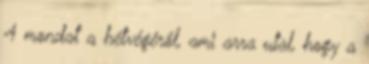
4 mondat a hétvégéről, ami arra utal, hogy a